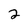
Character: 2